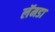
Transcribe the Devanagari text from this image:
लॅमडा